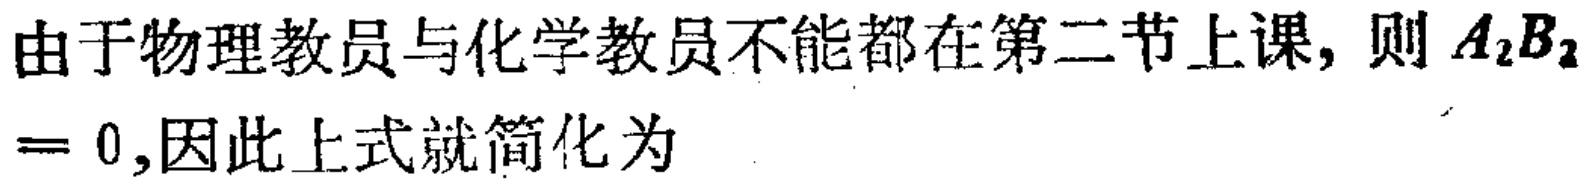
由于物理教员与化学教员不能都在第二节上课, 则 \(A_{2}B_{2}\)

\(= 0\),因此上式就简化为